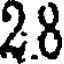
28